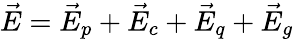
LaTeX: \vec{E}=\vec{E}_{p}+\vec{E}_{c}+\vec{E}_{q}+\vec{E}_{g}